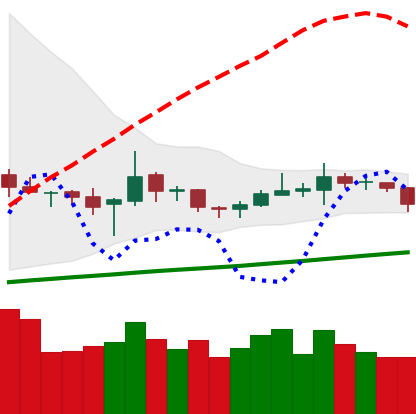
Ticker: TRX-USD
Chart end date: 2020-10-16
Forward return: 3.815%
Label: up_3_5